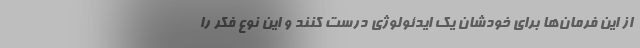
از این فرمان‌ها برای خودشان یک ایدئولوژی درست کنند و این نوع فکر را